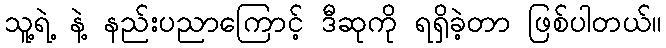
သူ့ရဲ့ နဲ့ နည်းပညာကြောင့် ဒီဆုကို ရရှိခဲ့တာ ဖြစ်ပါတယ်။